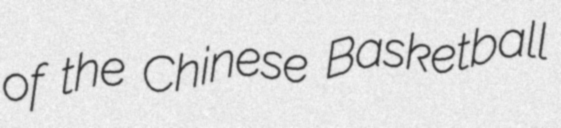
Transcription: of the Chinese Basketball